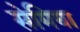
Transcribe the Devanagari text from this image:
सेमिया